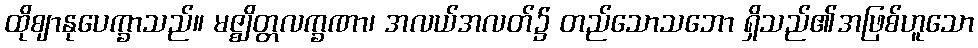
ထိုဈာနုပေက္ခာသည်။ မဇ္ဈိတ္တလက္ခဏာ၊ အလယ်အလတ်၌ တည်သောသဘော ရှိသည်၏အဖြစ်ဟူသော